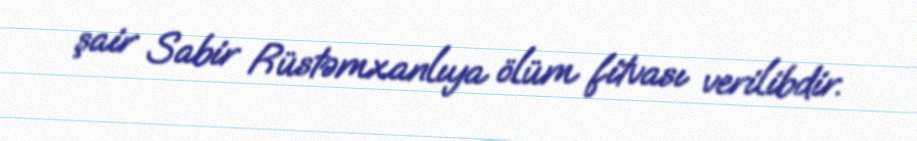
şair Sabir Rüstəmxanlıya ölüm fitvası verilibdir.